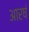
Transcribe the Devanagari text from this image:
आरषं